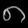
Digit: ၈